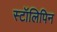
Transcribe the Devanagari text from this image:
स्टॉलिपिन